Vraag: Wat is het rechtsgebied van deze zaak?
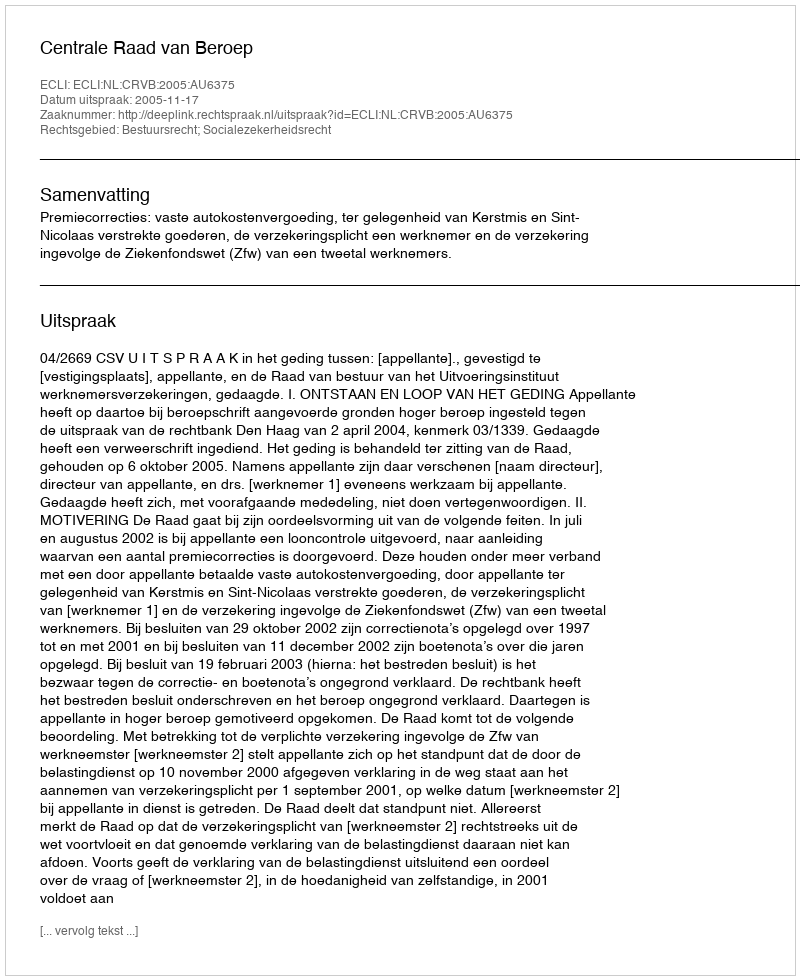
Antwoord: Bestuursrecht; Socialezekerheidsrecht